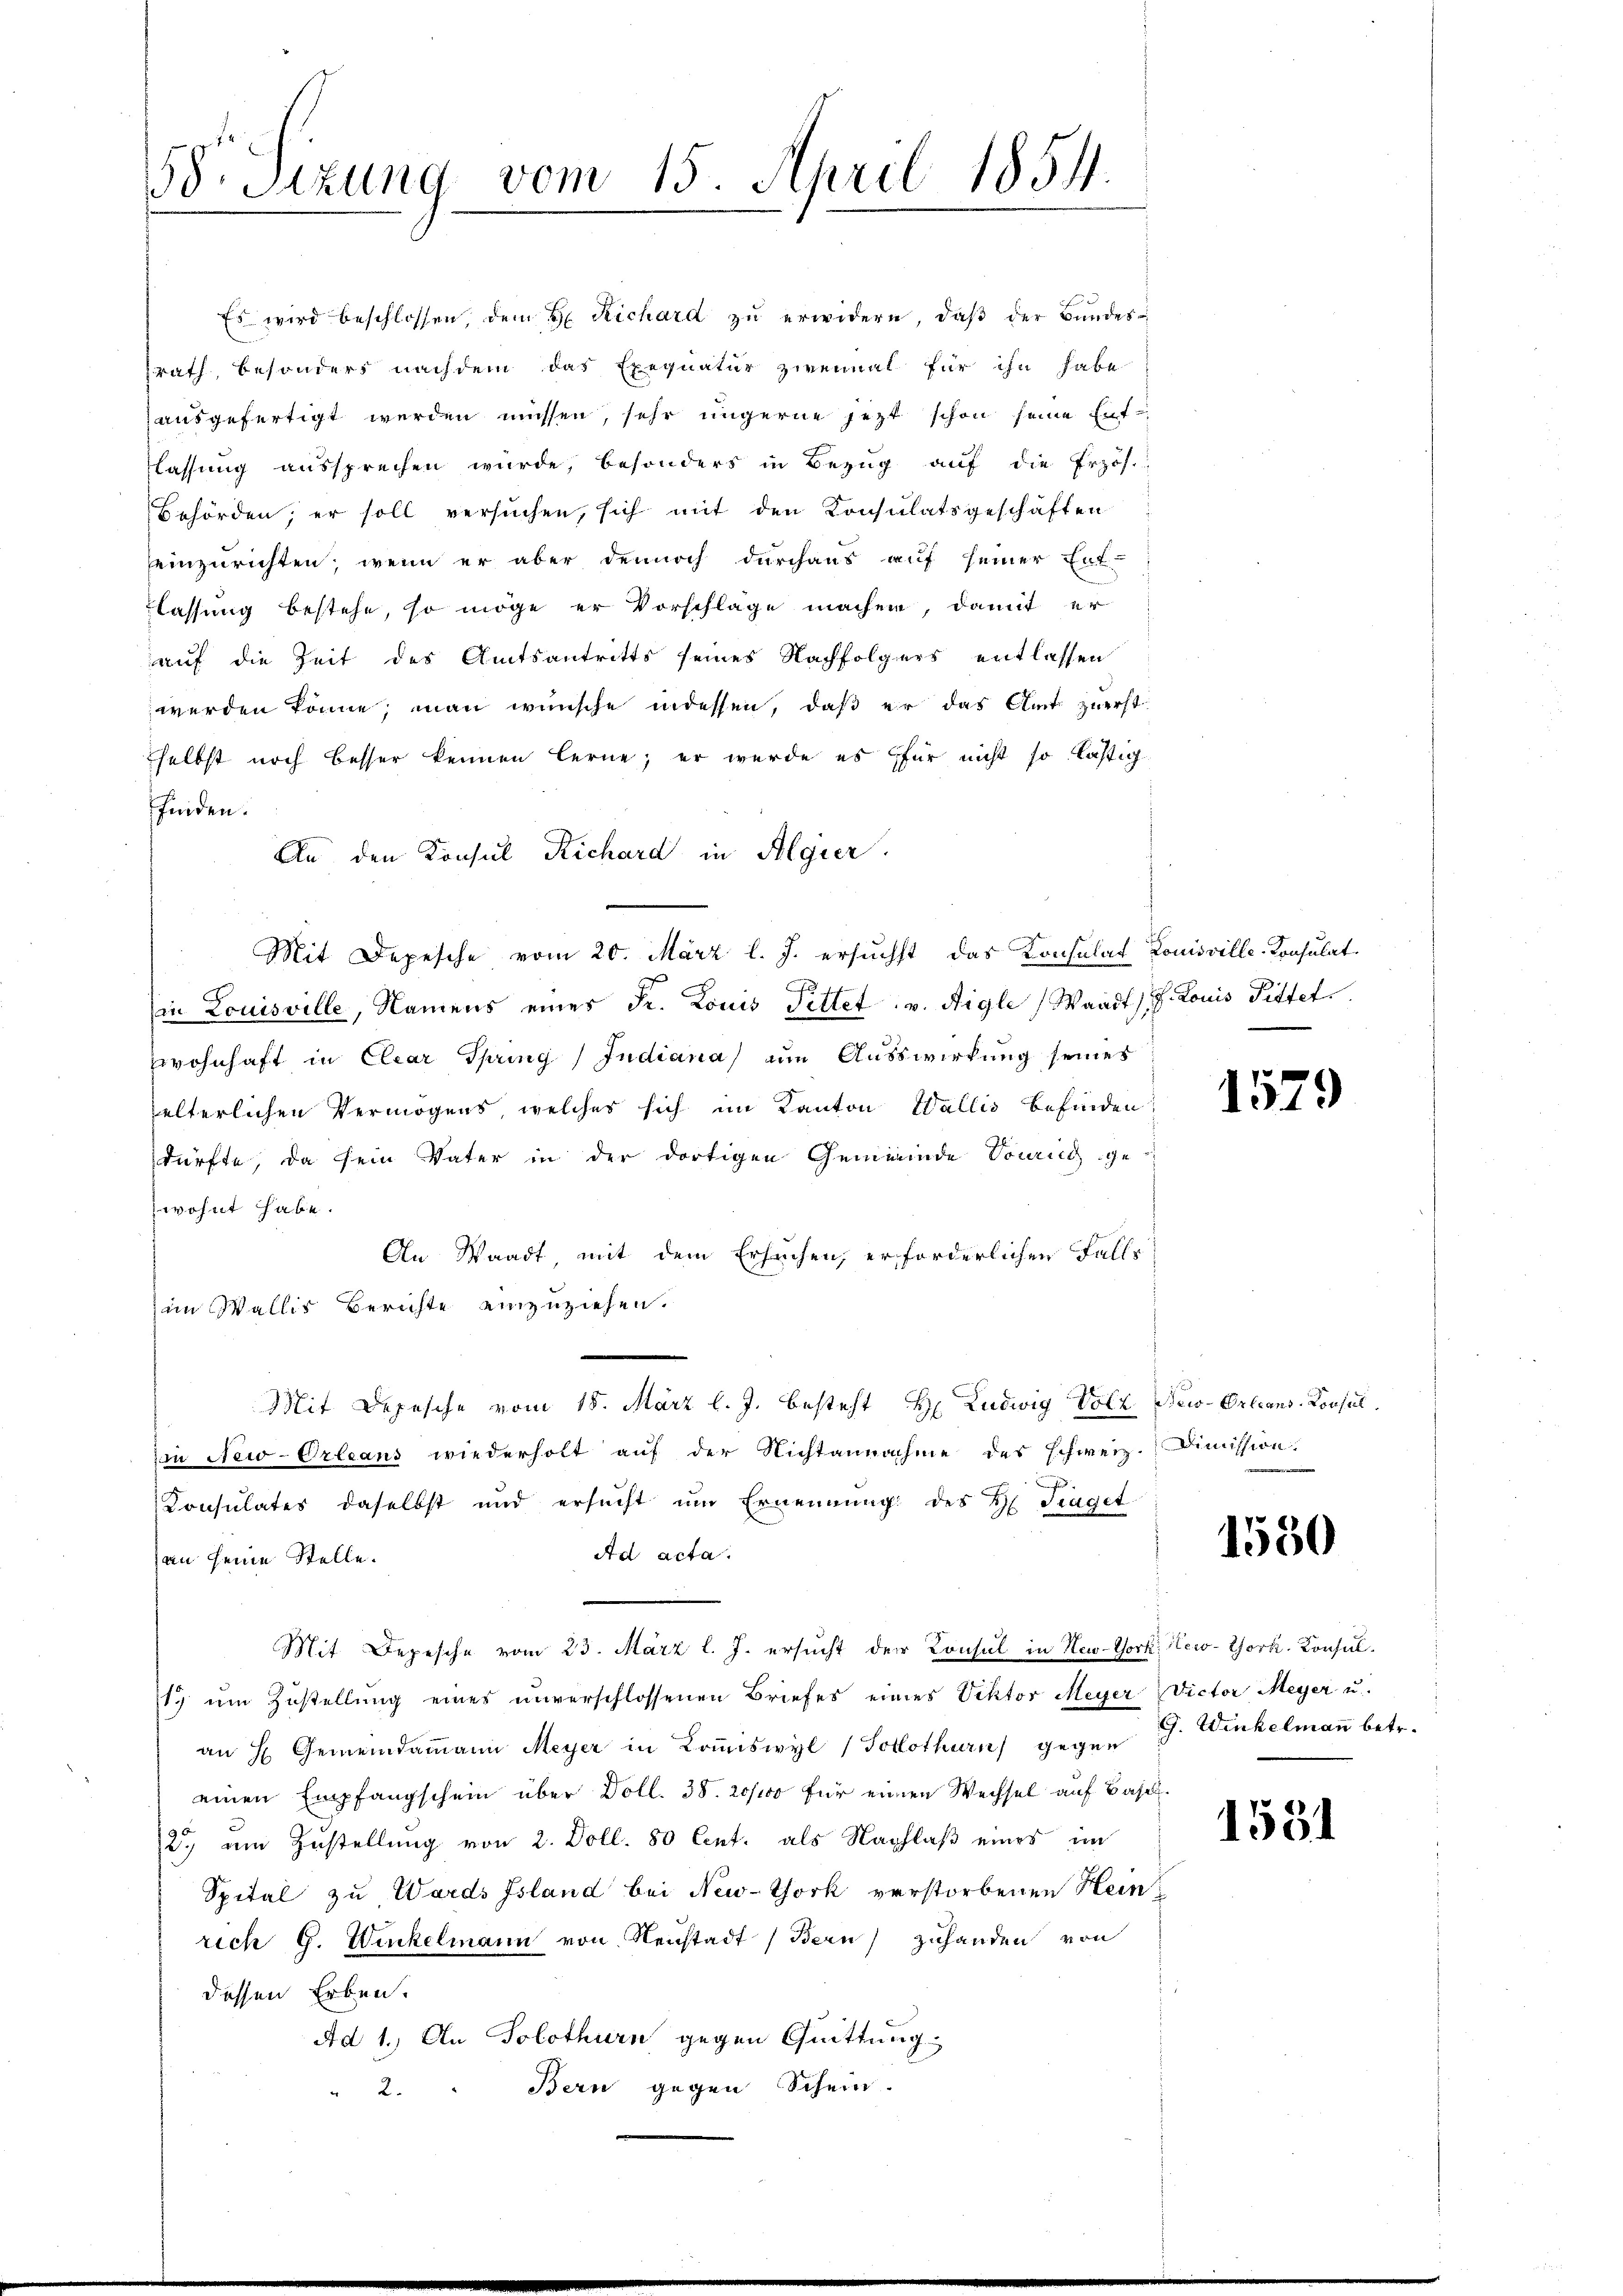
58. Sizung vom 15. April 1854.

selbst noch besser kennen lerne; er wurde es für nicht so lästig
finden.
An den Konsul Richard in Algier
Mit Depesche vom 20. März l. J. ersuchst das Konsulat Louisville-Konsulat
Ein Louisville, Namens eines Fr. Louis Fettet v. Aigle (Waadt, d. Louis Pittet
wohnhaft in Elear Spring, Indiana zum Ausswirkung seines
felterlichen Vermögens, welcher sich im Kanton Wallis befinden:
dürfte, da sein Vater in der dortigen Gemeinde Vorrig ge-
wohnt habe.
An Waadt mit dem Ersuchen, erforderlichen Falls
im Wallis Berichte einzuziehen.
Mit Depesche vom 18. März l. J. besteht H Ludwig Volk New-Orleans Konsul
Ein New-Orleans wiederholt auf der Nichtannahme des Schweiz-
.
Konsulates daselbst und ersucht um Ernennung des H. Traget
Ad acta.
an seine Stelle.
Mit Depesche vom 23. März l. J. ersucht der Consul in New-York New-York, Konsul¬
17 um Zustellung eines unverschlossenen Briefes eines Viktor Meyer Victor Meyer u.
an H. Gemeindammann Meyer in Koṁiswyl (Solothurn gegen J. Winkelmann betr.
einen Empfangschein über Doll. 38. 2000 für einen Wechsel auf Basel¬
2. am Zustellung von 2. Doll. 80 Cent. als Nachlaß eines im
Spital zu Wards fsland bei New-York verstorbenen Heinrich G. Winkelmann von Neustadt (Bern) zuhanden von
dessen Erben.
Ad 1. An Solothurn gegen Quittung
Bern gegen Schein.
2.

Es wird beschlossen, dem H. Richard zŭ erwidern, daβ der Bŭndes-
srath, besonders nachdem das Exequatur zweimal für ihn habe
ausgefertigt werden müssen, sehr ungerne jetzt schon seine Entflassung aussprechen würde, besonders in Bezug auf die Erzös.
Behörden; er soll versuchen, sich mit den Konsulatsgeschäften
einzurichten, wenn er aber dennoch durchaus auf seiner Ent-
lassung bestehe, so möge er Vorschlage machen, damit er
auf die Zeit des Amtsantritts seines Nachfolgers entlassen
werden könne; man wünsche indessen, daß er das Amt zuerst

1529

Dimission.

1550

1531